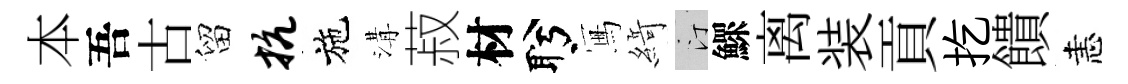
本吾古留抗施溝菽材盻冩𦂶汀鰥离装貢扢饋恚